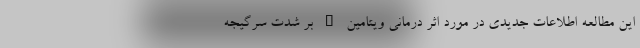
این مطالعه اطلاعات جدیدی در مورد اثر درمانی ویتامین D بر شدت سرگیجه